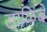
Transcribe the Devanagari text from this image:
डाळिंबे